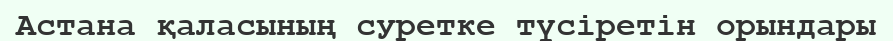
Астана қаласының суретке түсіретін орындары